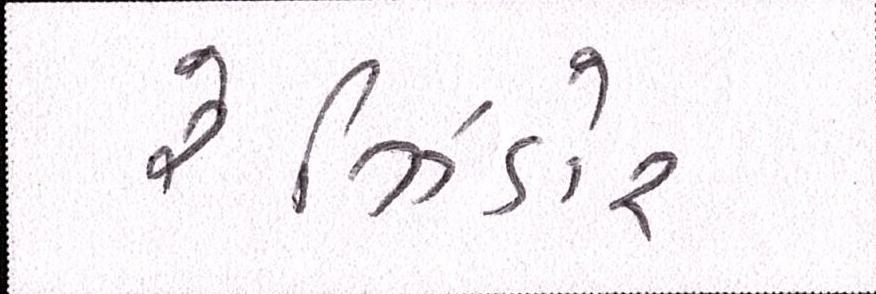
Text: રેઝિડોર